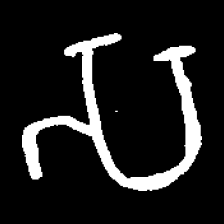
Pyu character \u2014 Myanmar letter: သ (romanized: sa)